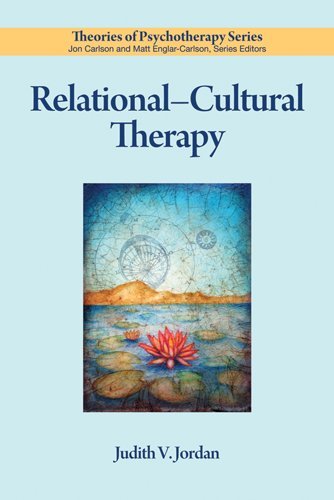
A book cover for Relational-Cultural Therapy (Theories of Psychotherapy); Judith V. Jordan; Medical Books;